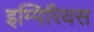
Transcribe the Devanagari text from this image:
इम्पिरियस